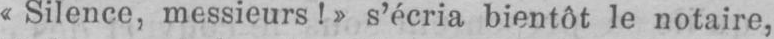
«Silence, messieurs!» s’écria bientôt le notaire,